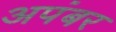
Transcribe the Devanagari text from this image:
अपंबर